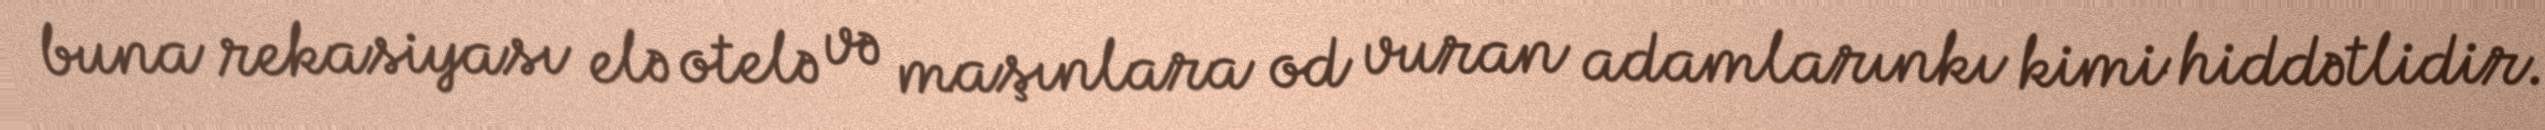
buna rekasiyası elə otelə və maşınlara od vuran adamlarınkı kimi hiddətlidir.